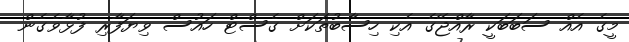
މީގެ އެއް ސަބަބަކީ ރާއްޖޭގެ އެކި ހިސާބުތަކަށް ގެސްޓް ހައުސް ވިޔަފާރި ފުޅާވެގެން